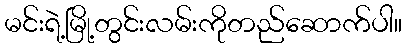
မင်းရဲ့မြို့တွင်းလမ်းကိုတည်ဆောက်ပါ။